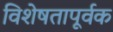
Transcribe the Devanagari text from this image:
विशेषतापूर्वक